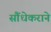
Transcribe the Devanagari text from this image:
सौंधेकराने